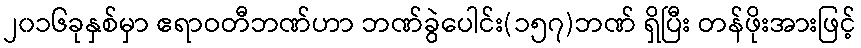
၂၀၁၆ခုနှစ်မှာ ဧရာဝတီဘဏ်ဟာ ဘဏ်ခွဲပေါင်း(၁၅၇)ဘဏ် ရှိပြီး တန်ဖိုးအားဖြင့်